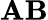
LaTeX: \mathbf{A}\mathbf{B}